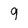
Character: 9